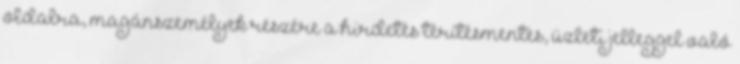
oldalra, magánszemélyek részére a hirdetés térítésmentes, üzleti jelleggel való